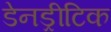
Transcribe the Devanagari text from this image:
डेनड्रीटिक